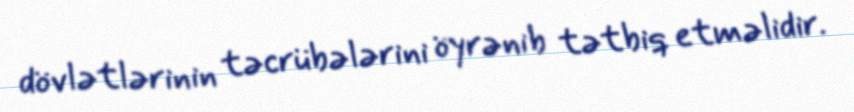
dövlətlərinin təcrübələrini öyrənib tətbiq etməlidir.